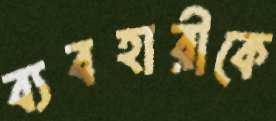
ব্যবহারীকে